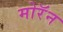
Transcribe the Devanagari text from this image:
मोरॅन